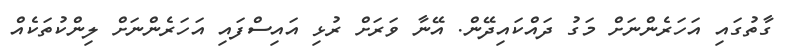
ގާތުގައި އަހަރެންނަށް މަގު ދައްކައިދޭން. އޭނާ ވަރަށް ރުޅި އައިސްފައި އަހަރެންނަށް ލިންކުތަކެއް